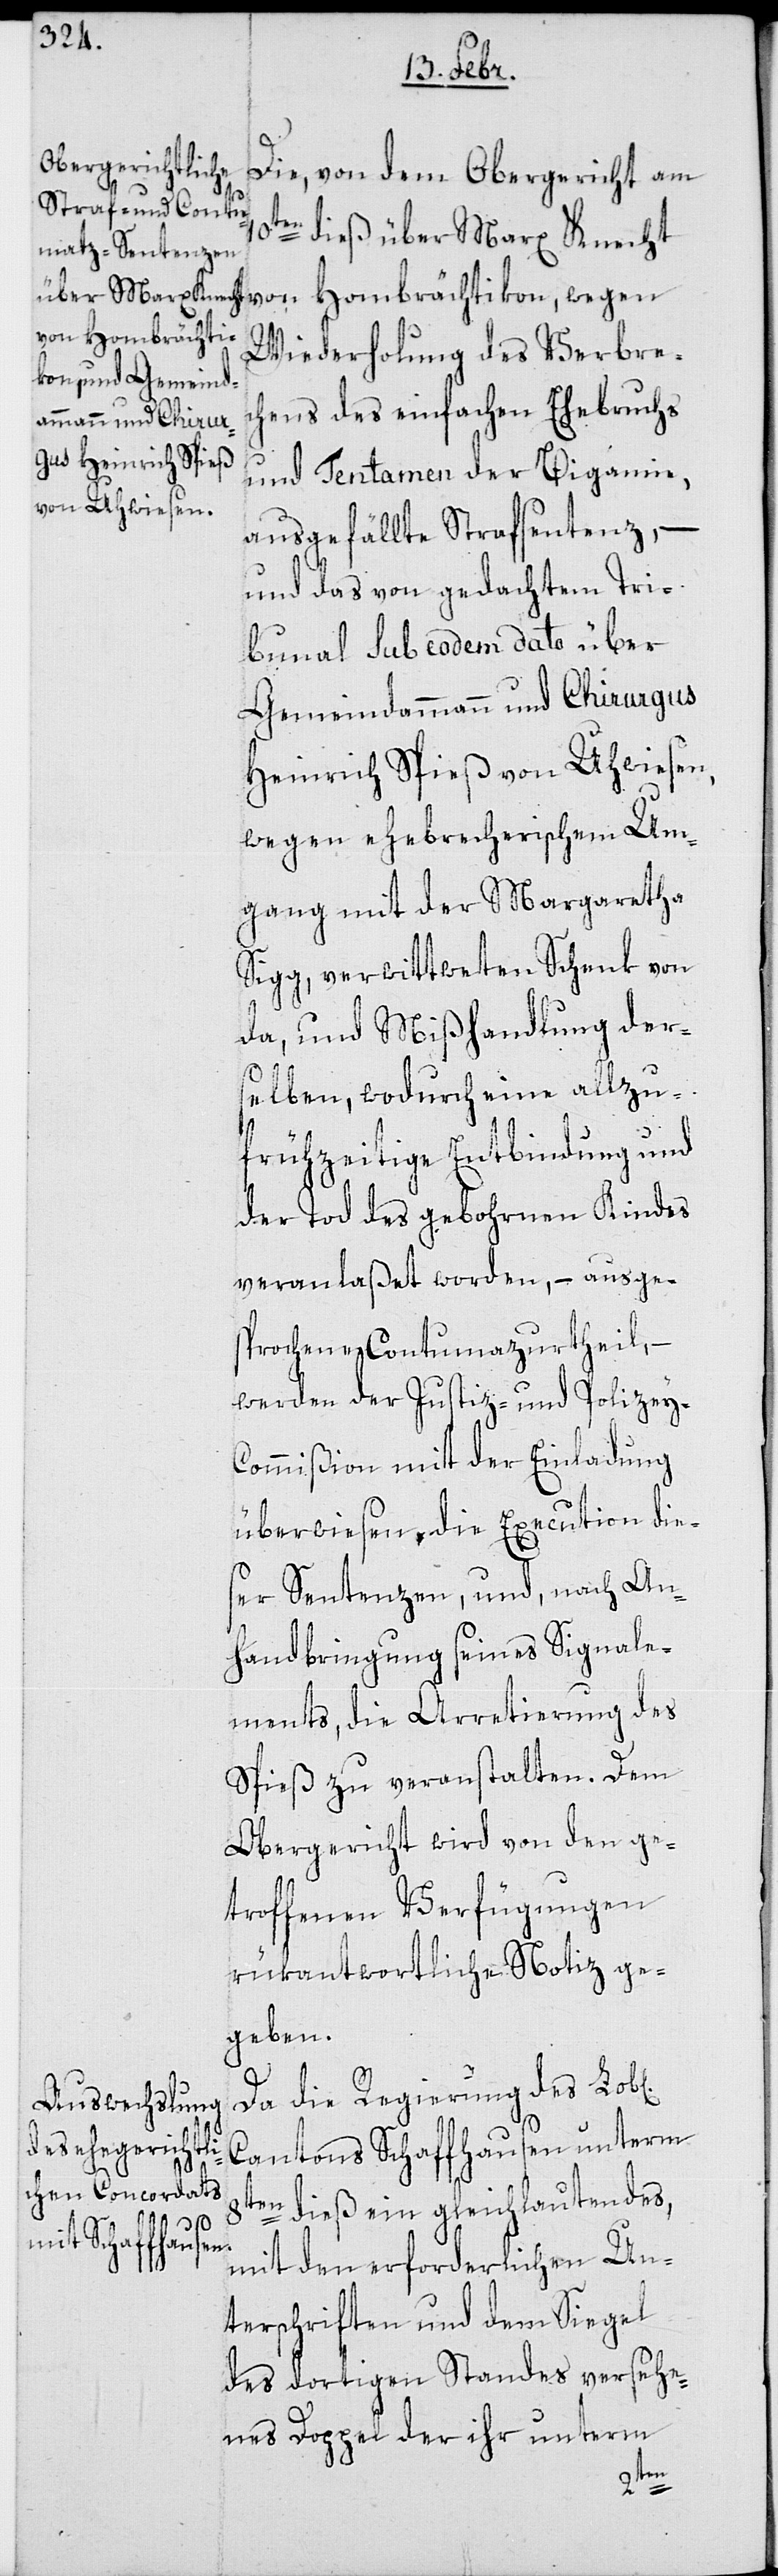
Die, von dem Obergericht am
über Marx Knecht von Hombrächtikon, wegen
Wiederholung des Verbre¬
chens des einfachen Ehebruchs
und Tentamen der Bigamie,
ausgefällte Strafsentenz, –
und das von gedachtem Tri¬
bunal sub codem dato über
Gemeindammann und Chirurgus
Heinrich Spieß von Uhwiesen,
wegen ehebrecherischem Um¬
gang mit der Margaretha
Sigg, verwittweten Schenk von
da, und Mißhandlung der¬
selben, wodurch eine allzu
frühzeitige Entbindung und
der Tod des gebohrnen Kindes
veranlaßet worden, – ausge¬
sprochene Contumazurtheil, –
werden der Justiz- und Polizey-C¬
ommißion mit der Einladung
überwiesen, die Execution die¬
ser Sentenzen, und, nach An¬
handbringung seines Signale¬
ments, die Arretierung des
Spieß zu veranstalten. Dem
Obergericht wird von den ge¬
troffenen Verfügungen
rükantwortliche Notiz ge¬
geben.
Da die Regierung des Lob[l¬
Cantons Schaffhausen unterm
8ten dieß ein gleichlautendes,
mit den erforderlichen Un¬
terschriften und dem Siegel
des dortigen Standes versehe¬
nes Doppel der ihr unterm
ichen]